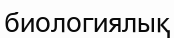
биологиялық